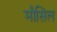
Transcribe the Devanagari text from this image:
मौसिल